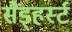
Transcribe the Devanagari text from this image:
सैंड्हर्स्ट